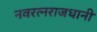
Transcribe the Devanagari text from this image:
नवरत्नराजधानी